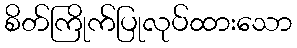
စိတ်ကြိုက်ပြုလုပ်ထားသော